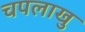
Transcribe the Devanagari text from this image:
चपलाखु